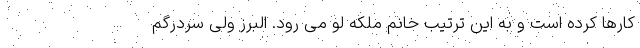
کارها کرده است و به این ترتیب خانم ملکه لو می رود. البرز ولی سردرگم